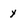
Character: y